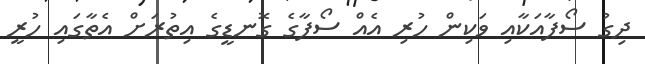
ދިގު ސޯފާއަކާއި ވަކިން ހުރި އެއް ސޯފާގެ ގޮނޑީގެ އިތުރަށް އެތާގައި ހުރީ